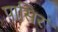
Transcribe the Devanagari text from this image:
पासिर